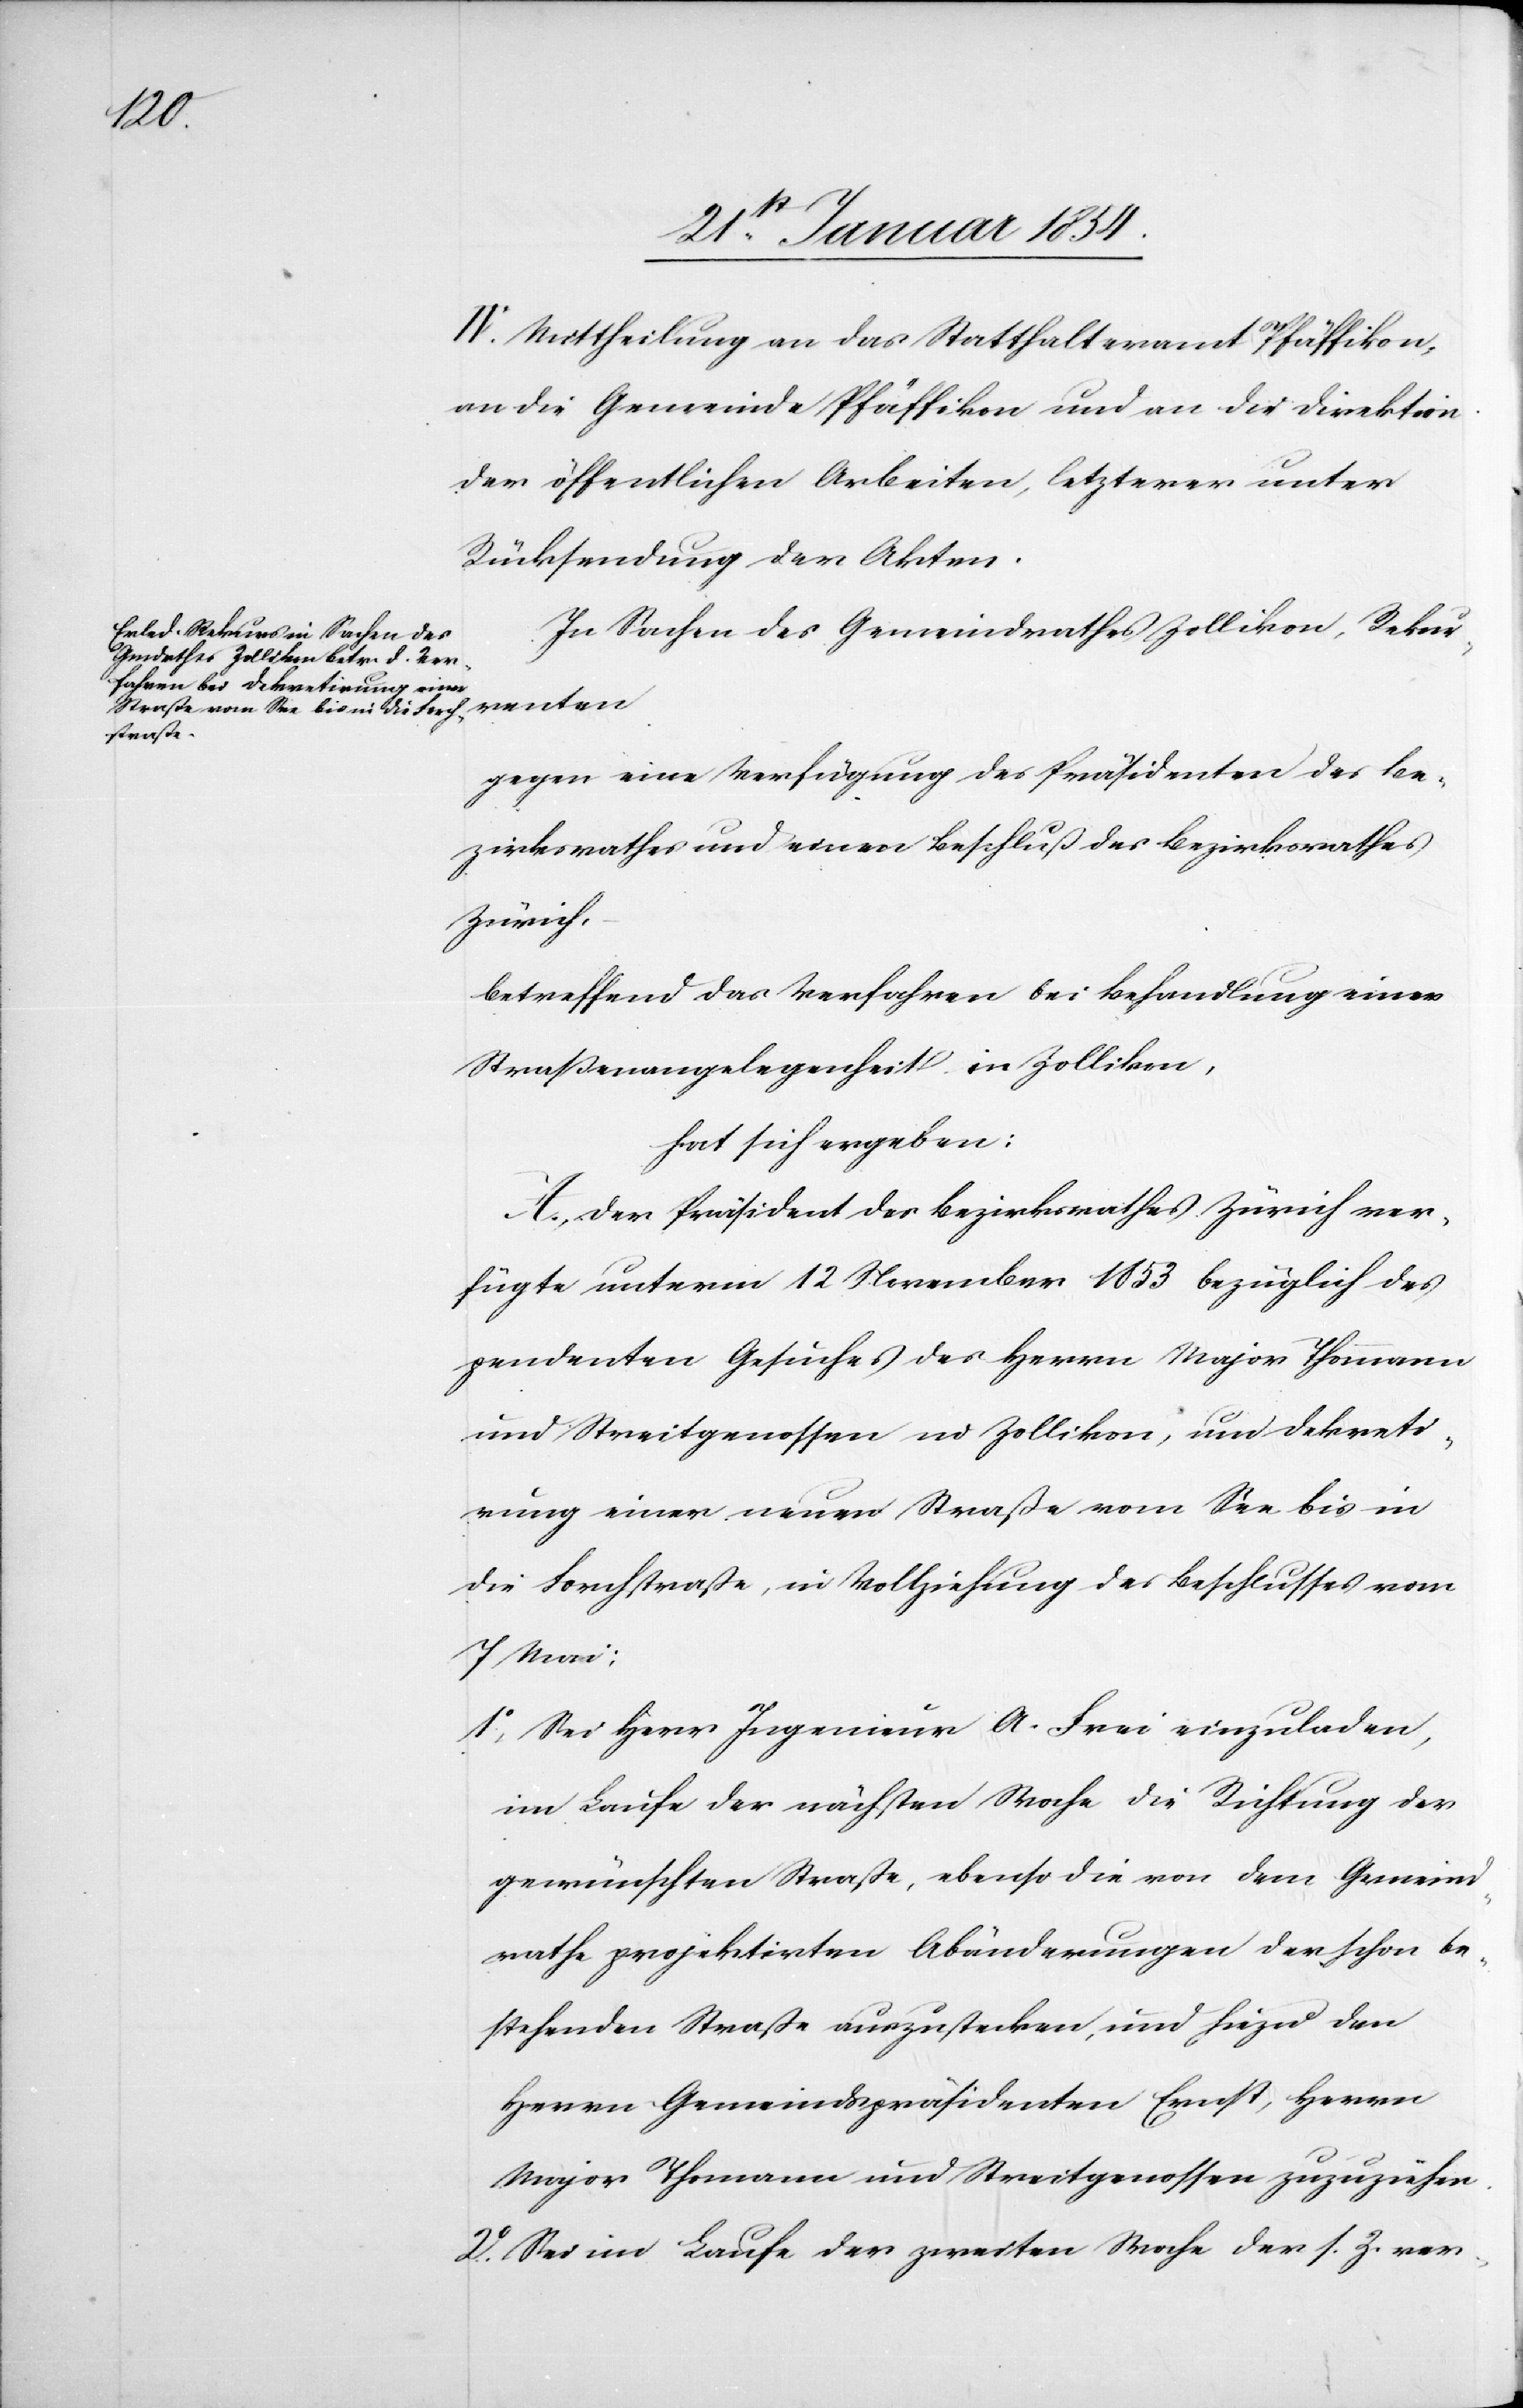
IV. Mittheilung an das Statthalteramt Pfäffikon,
an die Gemeinde Pfäffikon und an die Direktion
der öffentlichen Arbeiten, letzterer unter
Rücksendung der Akten.
In Sachen des Gemeindrathes Zollikon, Rekur¬
renten
gegen eine Verfügung des Präsidenten des Be¬
zirksrathes und einen Beschluß des Bezirksrathes
Zürich,
betreffend das Verfahren bei Behandlung einer
Straßenangelegenheit in Zollikon,
hat sich ergeben:
A., Der Präsident des Bezirksrathes Zürich ver¬
fügte unterm 12 November 1853 bezüglich des
pendenten Gesuches des Herrn Major Thommann
und Streitgenossen in Zollikon, und Dekreti¬
rung einer neuen Straße vom See bis in
die Forchstraße, in Vollziehung des Beschlusses vom
7 Mai:
1o Sei Herr Ingenieur A. Frei einzuladen,
im Laufe der nächsten Woche die Richtung der
gewünschten Straße, ebenso die von dem Gemeind¬
rathe projektirten Abänderungen der schon be¬
stehenden Straße auszustecken, und hiezu den
Herrn Gemeindspräsidenten Ernst, Herrn
Major Thomann und Streitgenossen zuzuziehen.
2o Sei im Laufe der zweiten Woche der s. Z. ver-